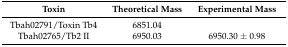
<table><thead><tr><td><b>Toxin</b></td><td><b>Theoretical Mass</b></td><td><b>Experimental Mass</b></td></tr></thead><tbody><tr><td>Tbah02791/Toxin Tb4</td><td>6851.04</td><td>[EMPTY_CELL]</td></tr><tr><td>Tbah02765/Tb2 II</td><td>6950.03</td><td>6950.30 ± 0.98</td></tr></tbody></table>